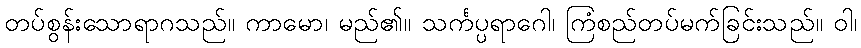
တပ်စွန်းသောရာဂသည်။ ကာမော၊ မည်၏။ သင်္ကပ္ပရာဂေါ၊ ကြံစည်တပ်မက်ခြင်းသည်။ ဝါ၊